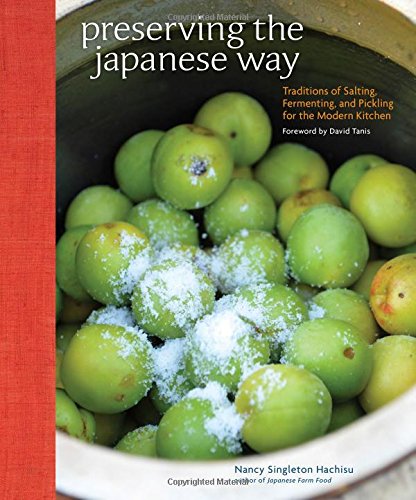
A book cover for Preserving the Japanese Way: Traditions of Salting, Fermenting, and Pickling for the Modern Kitchen; Nancy Singleton Hachisu; Cookbooks, Food & Wine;